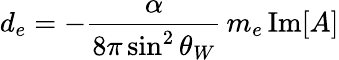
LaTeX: d_{e}=-\frac{\alpha}{8\pi\sin^{2}\theta_{W}}\, m_{e}\, \mathrm{Im}[A]